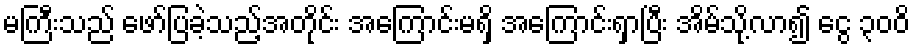
မကြီးသည် ဖော်ပြခဲ့သည့်အတိုင်း အကြောင်းမရှိ အကြောင်းရှာပြီး အိမ်သို့လာ၍ ငွေ ၃၀၀ိ